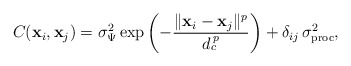
\begin{align*}C(\mathbf{x}_{i},\mathbf{x}_{j})=\sigma_{\Psi}^{2}\exp\left(-\frac{\Vert\mathbf{x}_{i}-\mathbf{x}_{j}\Vert{}^{p}}{d_{c}^{\, p}}\right)+\delta_{ij}\,\sigma_{\mathrm{proc}}^{2},\end{align*}